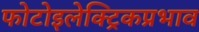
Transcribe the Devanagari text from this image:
फोटोइलेक्ट्रिकप्रभाव